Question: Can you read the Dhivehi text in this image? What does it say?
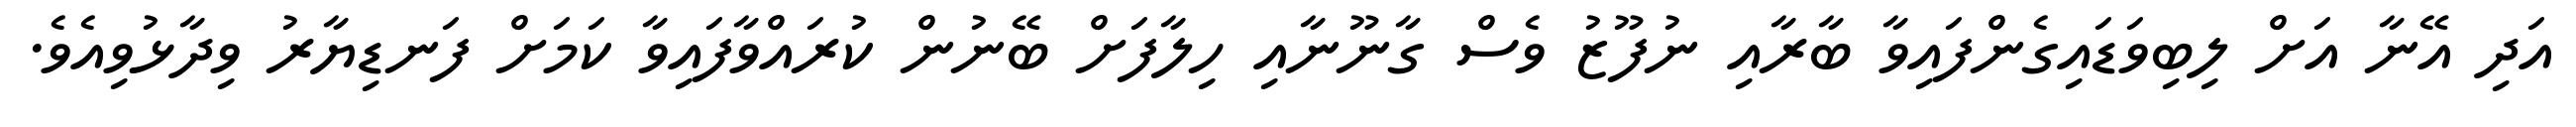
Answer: އަދި އޭނާ އަށް ލިބިވަޑައިގެންފައިވާ ބާރާއި ނުފޫޒު ވެސް ގާނޫނާއި ހިލާފަށް ބޭނުން ކުރައްވާފައިވާ ކަމަށް ފަނޑިޔާރު ވިދާޅުވިއެވެ.